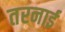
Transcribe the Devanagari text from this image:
तरनाई